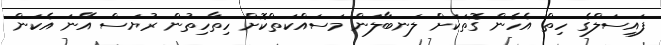
ފައިސަލްގެ ހިތް އެހެން ގޮތަކަށް ލަނބާލަން މަސައްކަތްކޮށް ހިތާހިތުން ރުޔަސް އޭނަ އެކަން